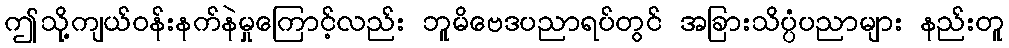
ဤသို့ကျယ်ဝန်းနက်နဲမှုကြောင့်လည်း ဘူမိဗေဒပညာရပ်တွင် အခြားသိပ္ပံပညာများ နည်းတူ